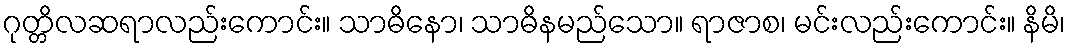
ဂုတ္တိလဆရာလည်းကောင်း။ သာဓိနော၊ သာဓိနမည်သော။ ရာဇာစ၊ မင်းလည်းကောင်း။ နိမိ၊